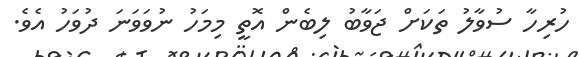
ހުރިހާ ސުވާލު ތަކަށް ޖަވާބު ލިބެން އޮތީ މިމަހު ނުވަވަނަ ދުވަހު އެވެ.